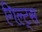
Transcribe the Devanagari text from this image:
गिल्ट्स